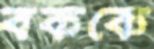
বককে